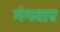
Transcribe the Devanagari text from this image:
मंगवाए